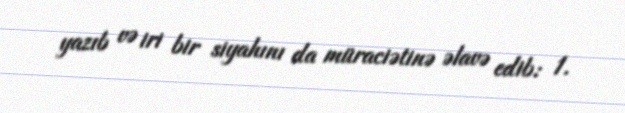
yazıb və iri bir siyahını da müraciətinə əlavə edib: 1.